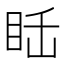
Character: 𥅒